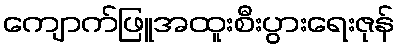
ကျောက်ဖြူအထူးစီးပွားရေးဇုန်